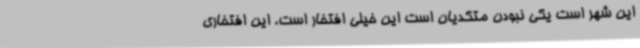
این شهر است یکی نبودن متکدیان است این خیلی افتخار است. این افتخاری